Trukikaitis_Postimees, lk 95
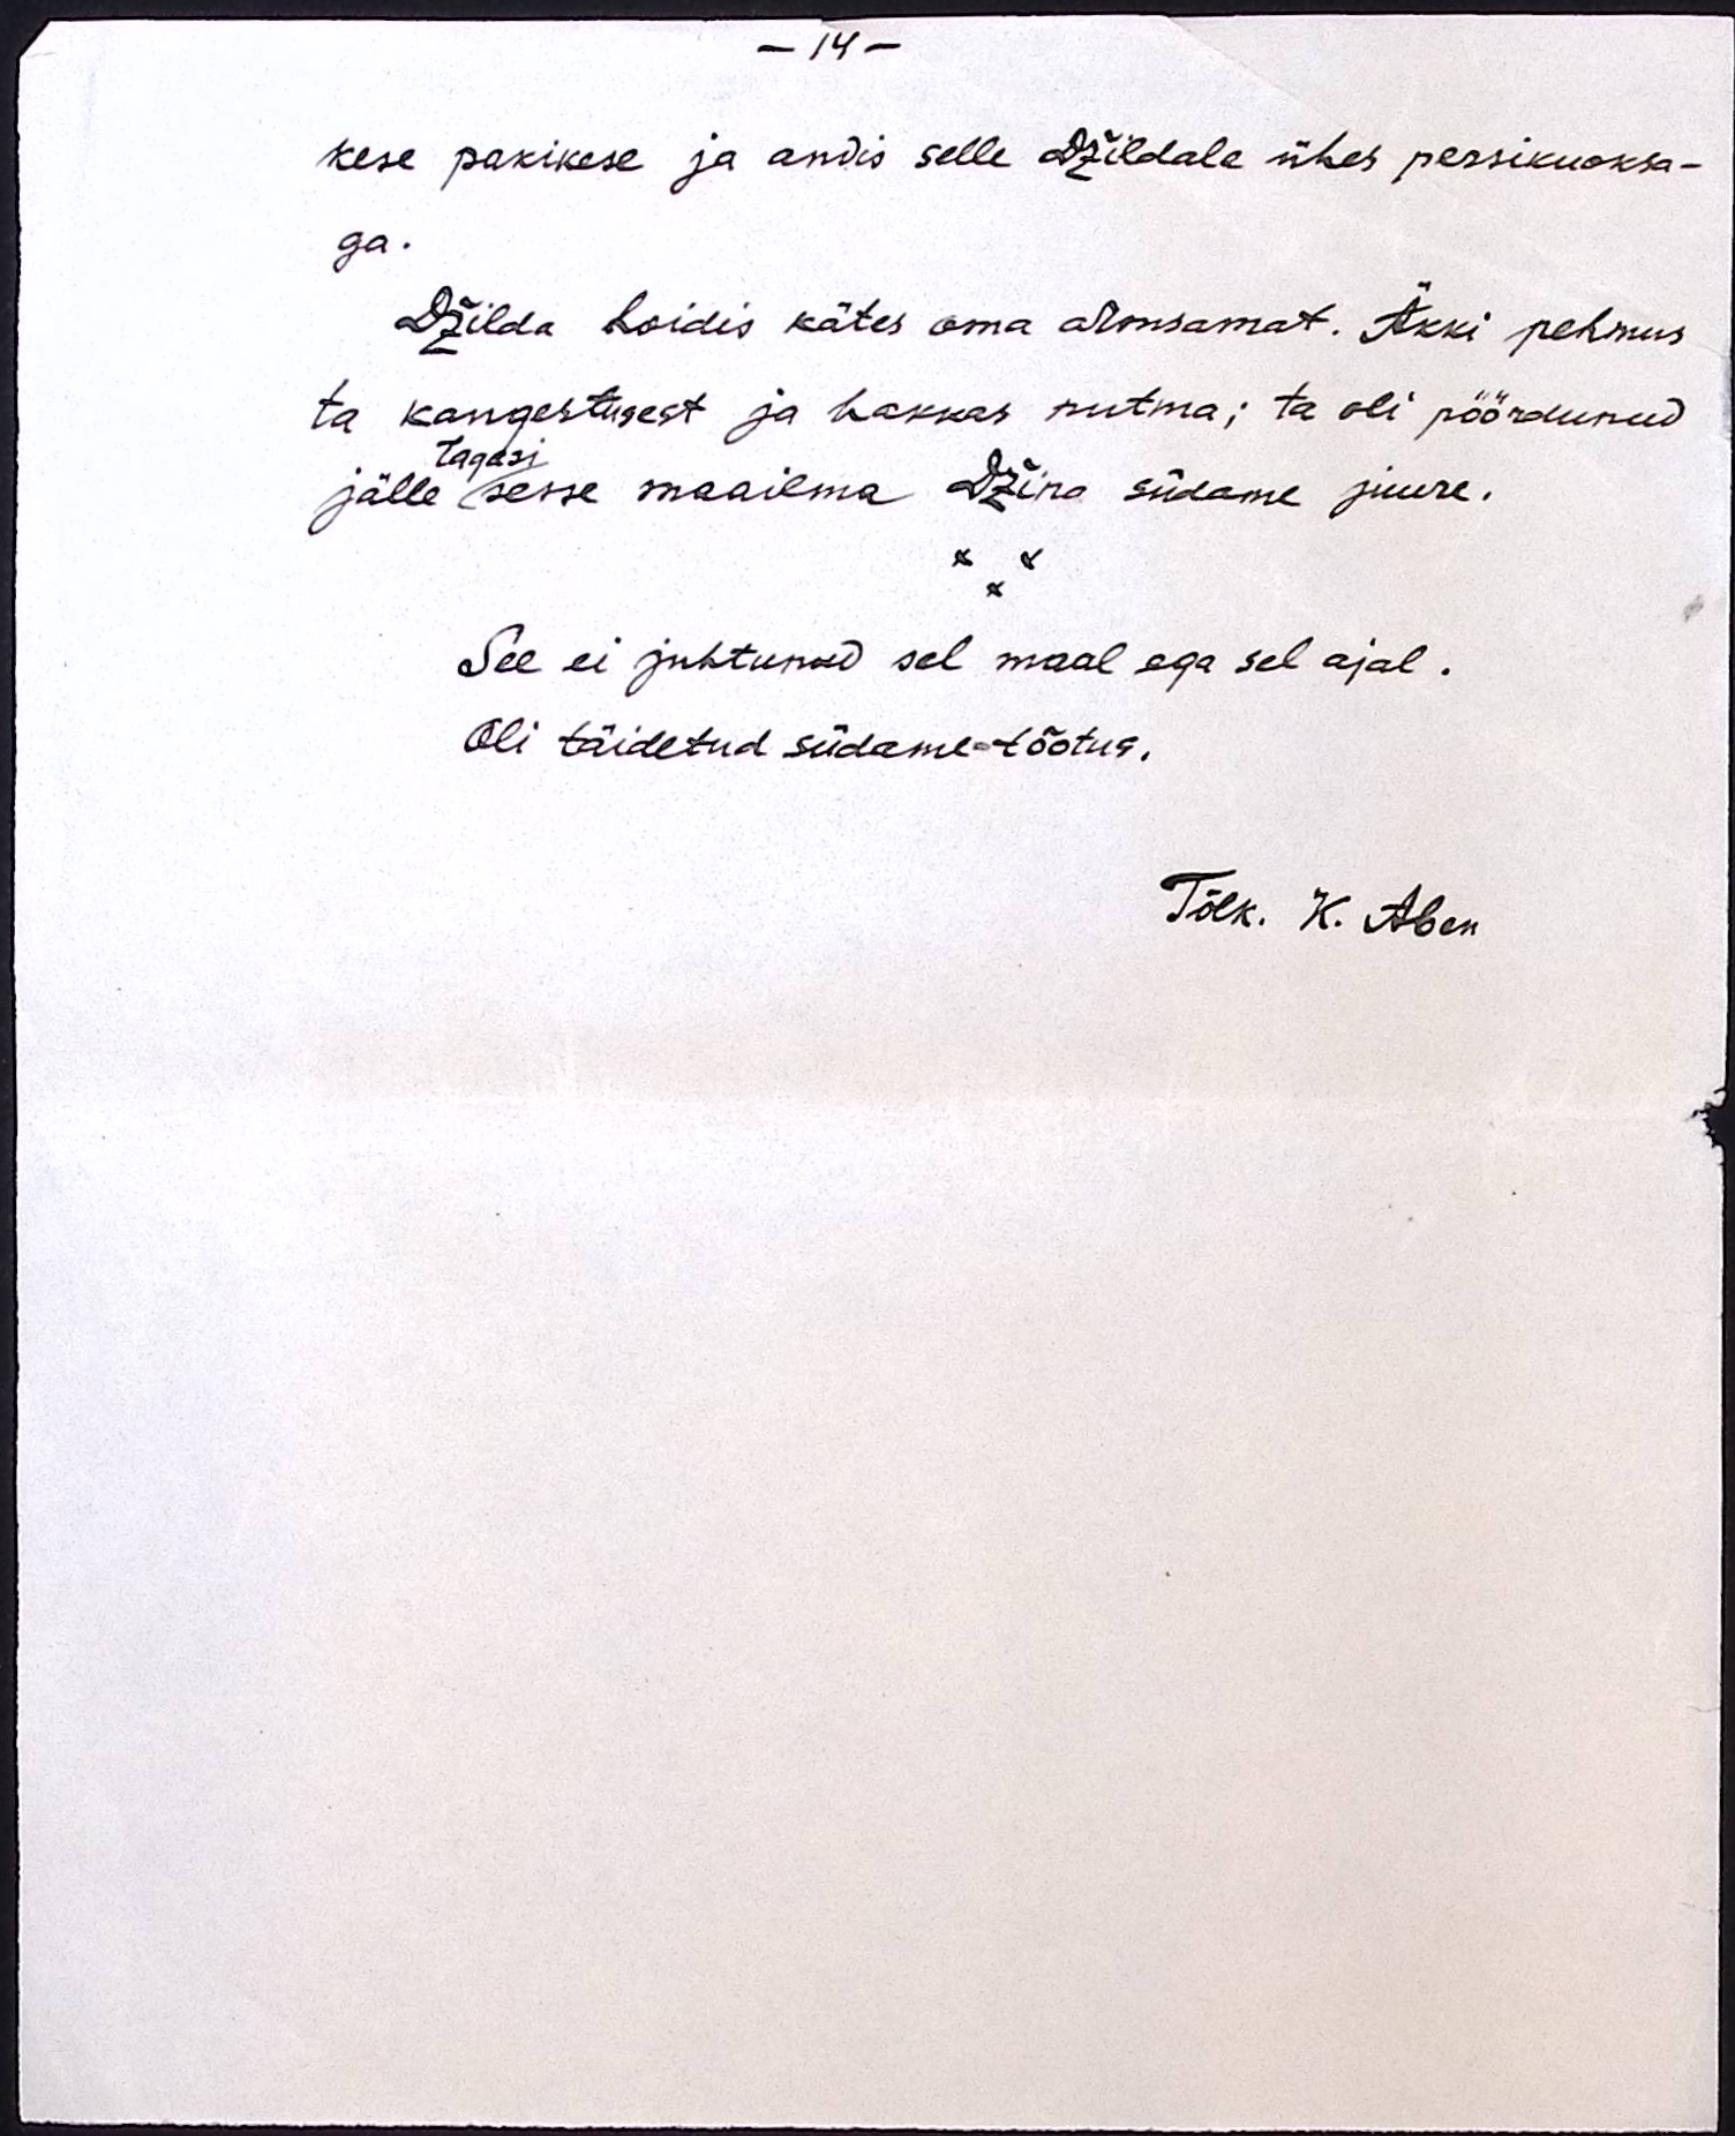
- 14 -
kese pakikese ja andis selle Džildale ühes persikuoksa-
ga.
Džilda hoidis kätes oma armsamat. Äkki pehmus
ta kangestusest ja hakkas nutma; ta oli pöördunud
tagasi
jälle sesse maailma Džino südame juure.
See ei juhtunud sel maal ega sel ajal.
Oli täidetud südame-tõotus.
Tõlk. K. Aben